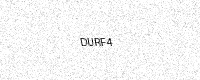
Text: DURF4